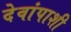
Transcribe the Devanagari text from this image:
देवांपाशी